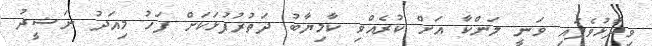
ވިދާޅުވެފައި ވަނީ ލަންކާ އަށް ކުރެއްވި ކާމިޔާބު ދަތުރުފުޅަކަށް ފަހު މިއަދު ނަޝީދު